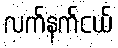
လက်နက်ငယ်